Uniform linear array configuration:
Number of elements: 12
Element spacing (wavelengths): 1
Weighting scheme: blackman
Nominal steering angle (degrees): -30
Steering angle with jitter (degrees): -30.628
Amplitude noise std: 0.05
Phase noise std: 0.05

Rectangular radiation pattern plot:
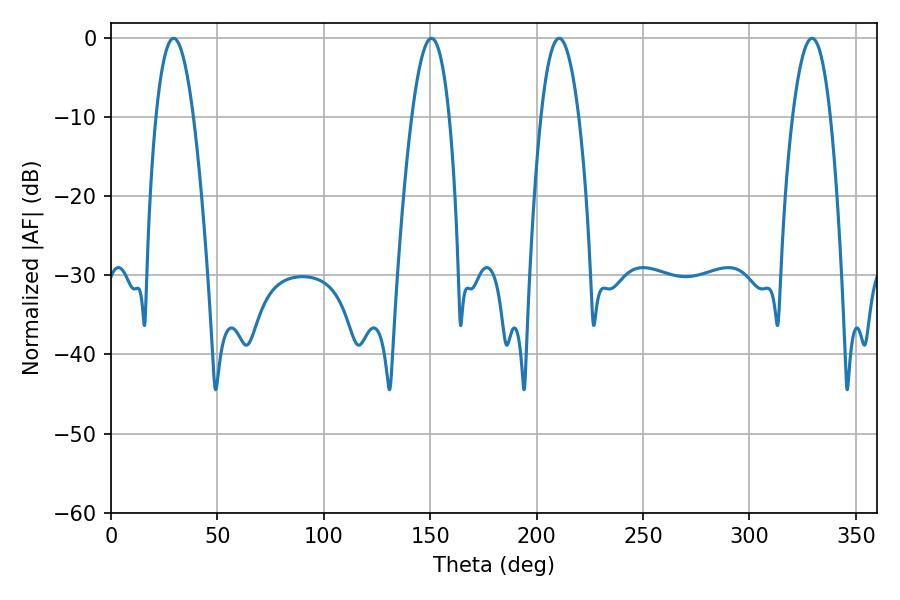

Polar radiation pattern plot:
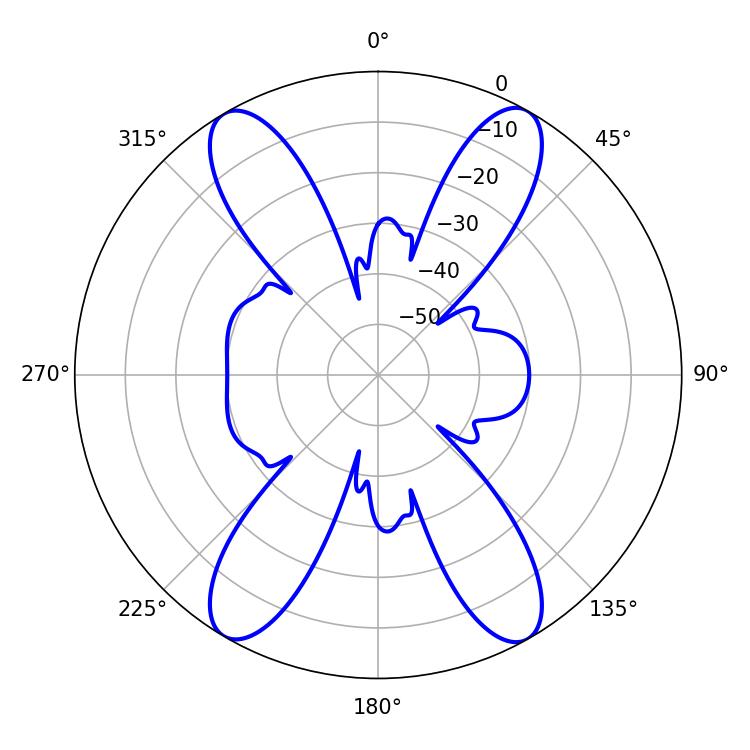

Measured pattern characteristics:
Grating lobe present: TRUE
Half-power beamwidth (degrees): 9.9
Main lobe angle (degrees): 210.6